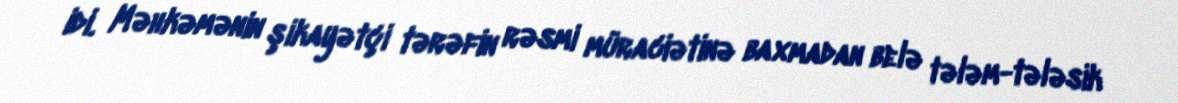
idi. Məhkəmənin şikayətçi tərəfin rəsmi müraciətinə baxmadan belə tələm-tələsik